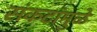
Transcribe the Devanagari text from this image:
संकटांमुळे